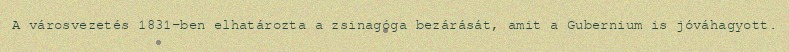
A városvezetés 1831-ben elhatározta a zsinagóga bezárását, amit a Gubernium is jóváhagyott.